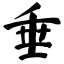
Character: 垂